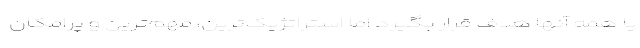
یا همه آنها هدف قرار بگیرد اما استراتژیک‌ترین، مهم‌ترین و پرامکان